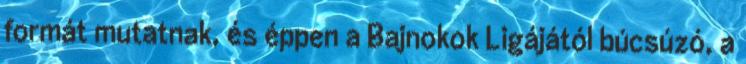
formát mutatnak, és éppen a Bajnokok Ligájától búcsúzó, a